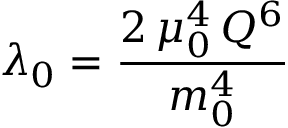
\lambda _ { 0 } = \frac { 2 \, \mu _ { 0 } ^ { 4 } \, Q ^ { 6 } } { m _ { 0 } ^ { 4 } }